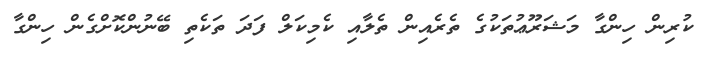
ކުރިން ހިންގާ މަޝަރޫޢުތަކުގެ ތެރެއިން ތެލާއި ކެމިކަލް ފަދަ ތަކެތި ބޭނުންކޮށްގެން ހިންގާ